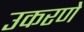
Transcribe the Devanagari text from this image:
उकरणे